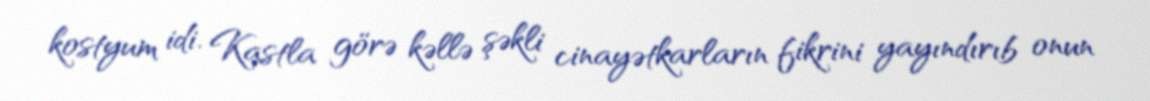
kostyum idi. Kastla görə kəllə şəkli cinayətkarların fikrini yayındırıb onun